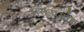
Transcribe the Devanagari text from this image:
मनःपर्याय